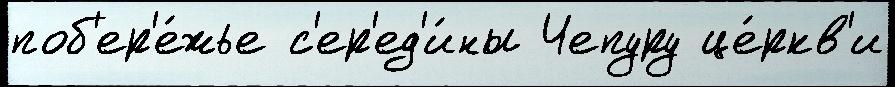
поб'ер'е́жье с'ер'ед'и́ны Чепуру це́ркв'и